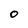
Character: O